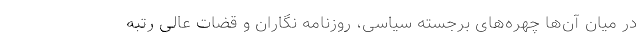
در میان آن‌ها چهره‌های برجسته سیاسی، روزنامه نگاران و قضات عالی رتبه